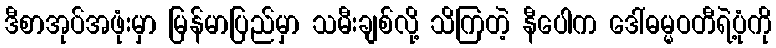
ဒီစာအုပ်အဖုံးမှာ မြန်မာပြည်မှာ သမီးချစ်လို့ သိကြတဲ့ နီပေါက ဒေါ်ဓမ္မဝတီရဲ့ပုံကို